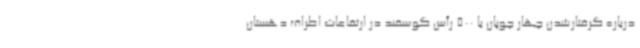
درباره گرفتارشدن چهار چوپان با 500 رأس گوسفند در ارتفاعات اطراف دهستان